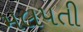
મલપતી